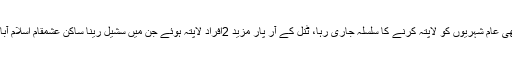
رپورٹ کے مطابق سال 2011کے دوران بھی عام شہریوں کو لاپتہ کرنے کا سلسلہ جاری رہا، ٹنل کے آر پار مزید 2افراد لاپتہ ہوئے جن میں سشیل رینا ساکن عشمقام اسلام آباد اور نثار احمد بانڈے ساکنہ بانہال شامل ہیں۔